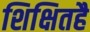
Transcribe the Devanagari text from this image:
शिक्षितहै